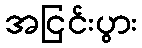
အငြင်းပွား